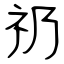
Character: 礽